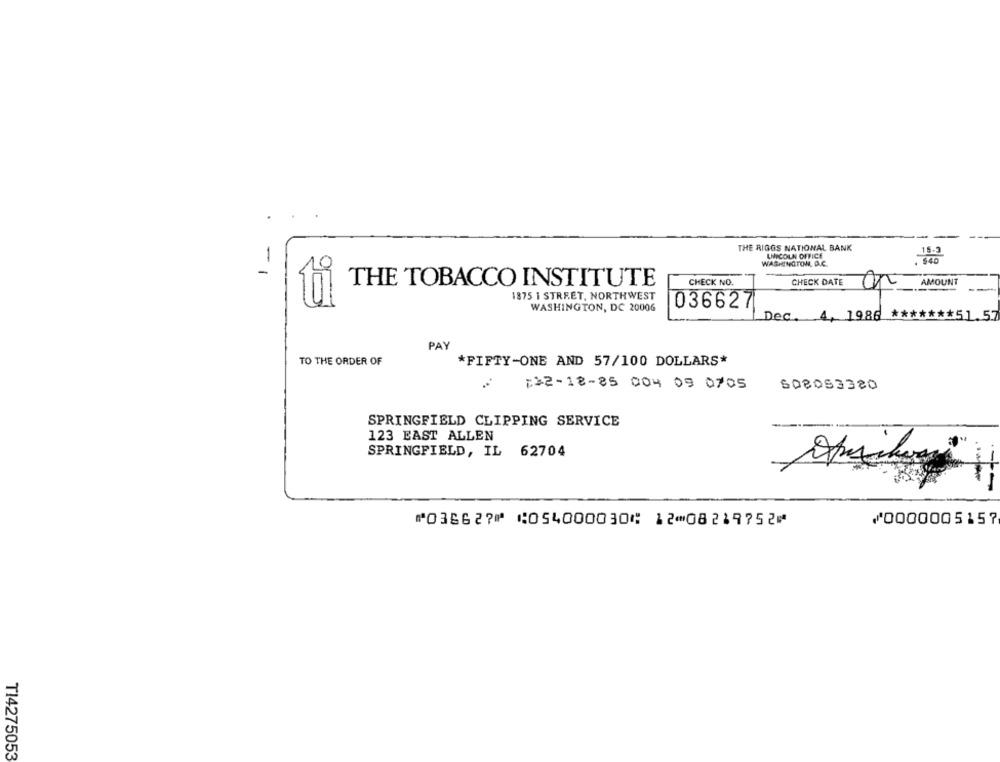
THE RIGGS NATIONAL BANK
-
LINCOLN OFFICE
9
WASHINGTON, D.C.
THE TOBACCO INSTITUTE
CHECK NO.
CHECK DATE
AMOUNT
1875 1 STREET, NORTHWEST
036627
WASHINGTON, DC 20006
Dec. 4, 1986
PAY
TO THE ORDER OF
*FIFTY-ONE AND 57/100 DOLLARS*
:22-18-85 004 09 0705
608053320
SPRINGFIELD CLIPPING SERVICE
123 EAST ALLEN
SPRINGFIELD, IL 62704
==
⑈036627⑈ ⑆054000030⑆ 12⑉08219752⑈
⑇0000005157
T14275053